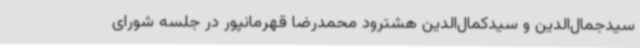
سیدجمال‌الدین و سیدکمال‌الدین هشترود محمدرضا قهرمانپور در جلسه شورای